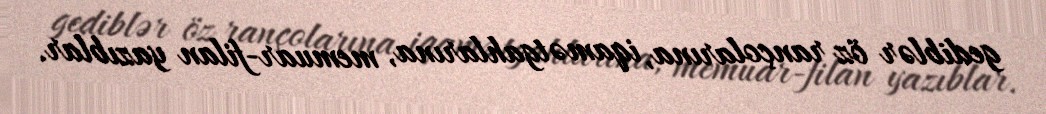
gediblər öz rançolarına, iqamətgahlarına, memuar-filan yazıblar.